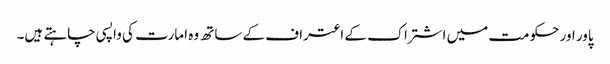
پاور اور حکومت میں اشتراک کے اعتراف کے ساتھ وہ امارت کی واپسی چاہتے ہیں۔